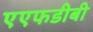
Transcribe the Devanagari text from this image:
एएफडीबी